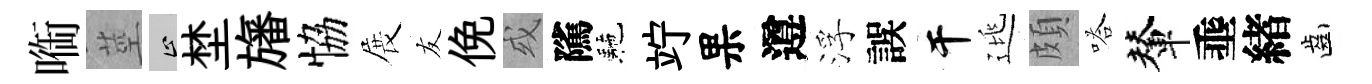
㗸莖止埜旛恊展友俛或隲駰竚果遵浮誤干逃頗嗒輦埀緖齒